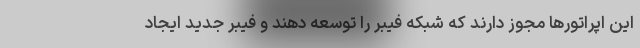
این اپراتورها مجوز دارند که شبکه فیبر را توسعه دهند و فیبر جدید ایجاد